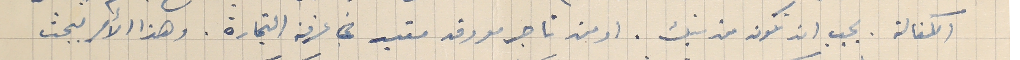
الكفالة. يجب ان تكون من بنك. او من تاجر معروف مقيد في عرفة التجارة. وهذا الأمر يبحث